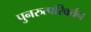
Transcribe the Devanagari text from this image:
पुनरुत्परिवर्तन